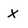
Character: x